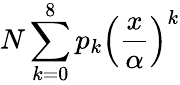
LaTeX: N\sum_{k=0}^{8}p_{k}\left(\frac{x}{\alpha}\right)^{k}